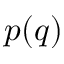
p ( q )